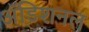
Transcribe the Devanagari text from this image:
अॅडिशनल